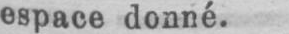
espace donné.